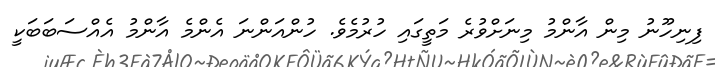
ފިނިހޫނު މިން އާންމު މިނަށްވުރެ މަތީގައި ހުރުމެވެ. ހުންއަންނަ އެންމެ އާންމު އެއްސަބަބަކީ